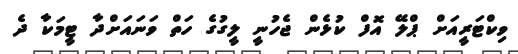
ވިކްޓަރީއަށް ޕްލޭ އޮފް ކުޅެން ޖެހުނީ ލީގުގެ ހަތް ވަނައަށްދާ ޓީމަކާ ދެ